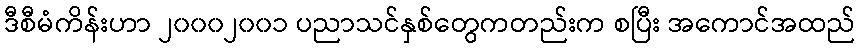
ဒီစီမံကိန်းဟာ ၂၀၀၀၂၀၀၁ ပညာသင်နှစ်တွေကတည်းက စပြီး အကောင်အထည်